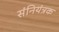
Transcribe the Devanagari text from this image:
संनियंत्रक